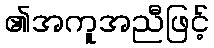
၏အကူအညီဖြင့်